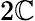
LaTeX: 2\mathbb{C}